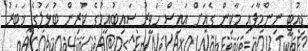
ޑިއުޓީ ނިންމާފައި މާކިން ގެއަށް އައިސް ހަވީރު ސައިބުއިމުގެ ކުރިން ބުޅަލުގެ ޚަބަރު